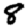
Digit: 8